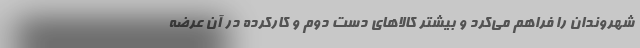
شهروندان را فراهم می‌کرد و بیشتر کالاهای دست دوم و کارکرده در آن عرضه